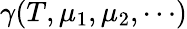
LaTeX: \gamma(T,\mu_{1},\mu_{2},\cdots)